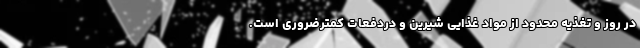
در روز و تغذیه محدود از مواد غذایی شیرین و دردفعات کمترضروری است.